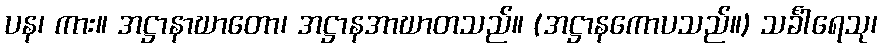
ပန၊ ကား။ အဋ္ဌာနာဃာတော၊ အဋ္ဌာနအာဃာတသည်။ (အဋ္ဌာနကောပသည်။) သင်္ခါရေသု၊